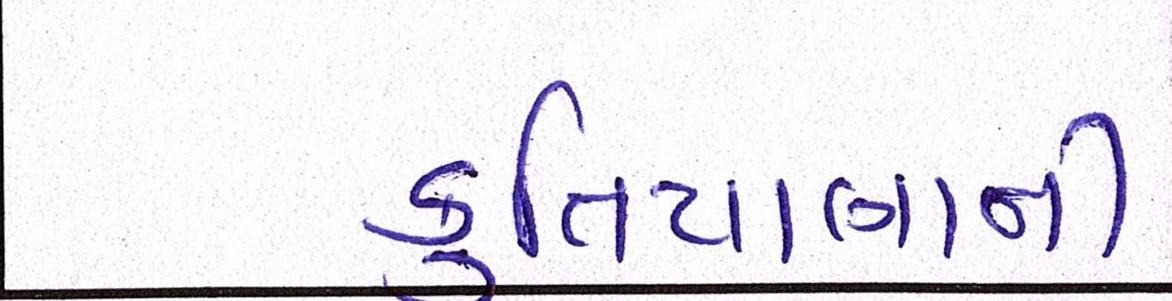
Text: કુતિયાણાની